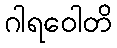
ဂါရဝေါတိ